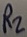
Text: R2